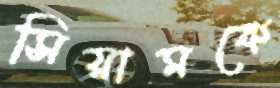
সিয়ামকে